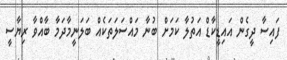
ފައިސާ ދީގެން އައިޑީކާޑް އަތުލާ ކަމަށް ބުނާ މައްސަލަތަކެއް ބަލަނީމާދަމާ ބާއްވާ ރިޔާސީ